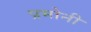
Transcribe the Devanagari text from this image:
प्रमोनी